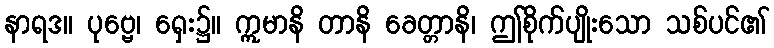
နာရဒ။ ပုဗ္ဗေ၊ ရှေး၌။ ဣမာနိ တာနိ ခေတ္တာနိ၊ ဤစိုက်ပျိုးသော သစ်ပင်၏